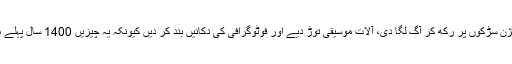
انہوں نے ٹیلی ویژن سڑکوں پر رکھ کر آگ لگا دی، آلات موسیقی توڑ دیے اور فوٹوگرافی کی دکانیں بند کر دیں کیونکہ یہ چیزیں 1400 سال پہلے موجود نہیں تھیں۔